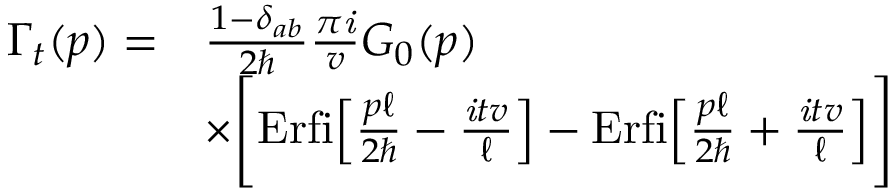
\begin{array} { r l } { \Gamma _ { t } ( p ) = } & { \frac { 1 - \delta _ { a b } } { 2 \hbar } \frac { \pi { \it i } } { v } G _ { 0 } ( p ) } \\ & { \times \Bigg [ \mathrm { E r f i } \Big [ \frac { p \ell } { 2 \hbar } - \frac { { \it i } t v } { \ell } \Big ] - \mathrm { E r f i } \Big [ \frac { p \ell } { 2 \hbar } + \frac { { \it i } t v } { \ell } \Big ] \Bigg ] } \end{array}